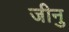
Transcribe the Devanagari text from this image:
जीनु